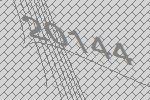
20144